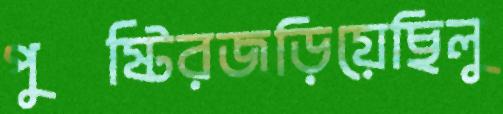
পুষ্টিরজড়িয়েছিলু